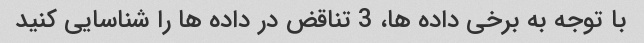
با توجه به برخی داده ها، 3 تناقض در داده ها را شناسایی کنید